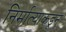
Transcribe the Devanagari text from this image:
निर्मात्याकडून